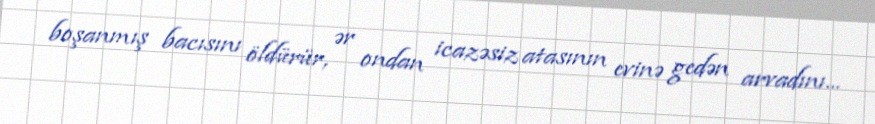
boşanmış bacısını öldürür, ər ondan icazəsiz atasının evinə gedən arvadını...